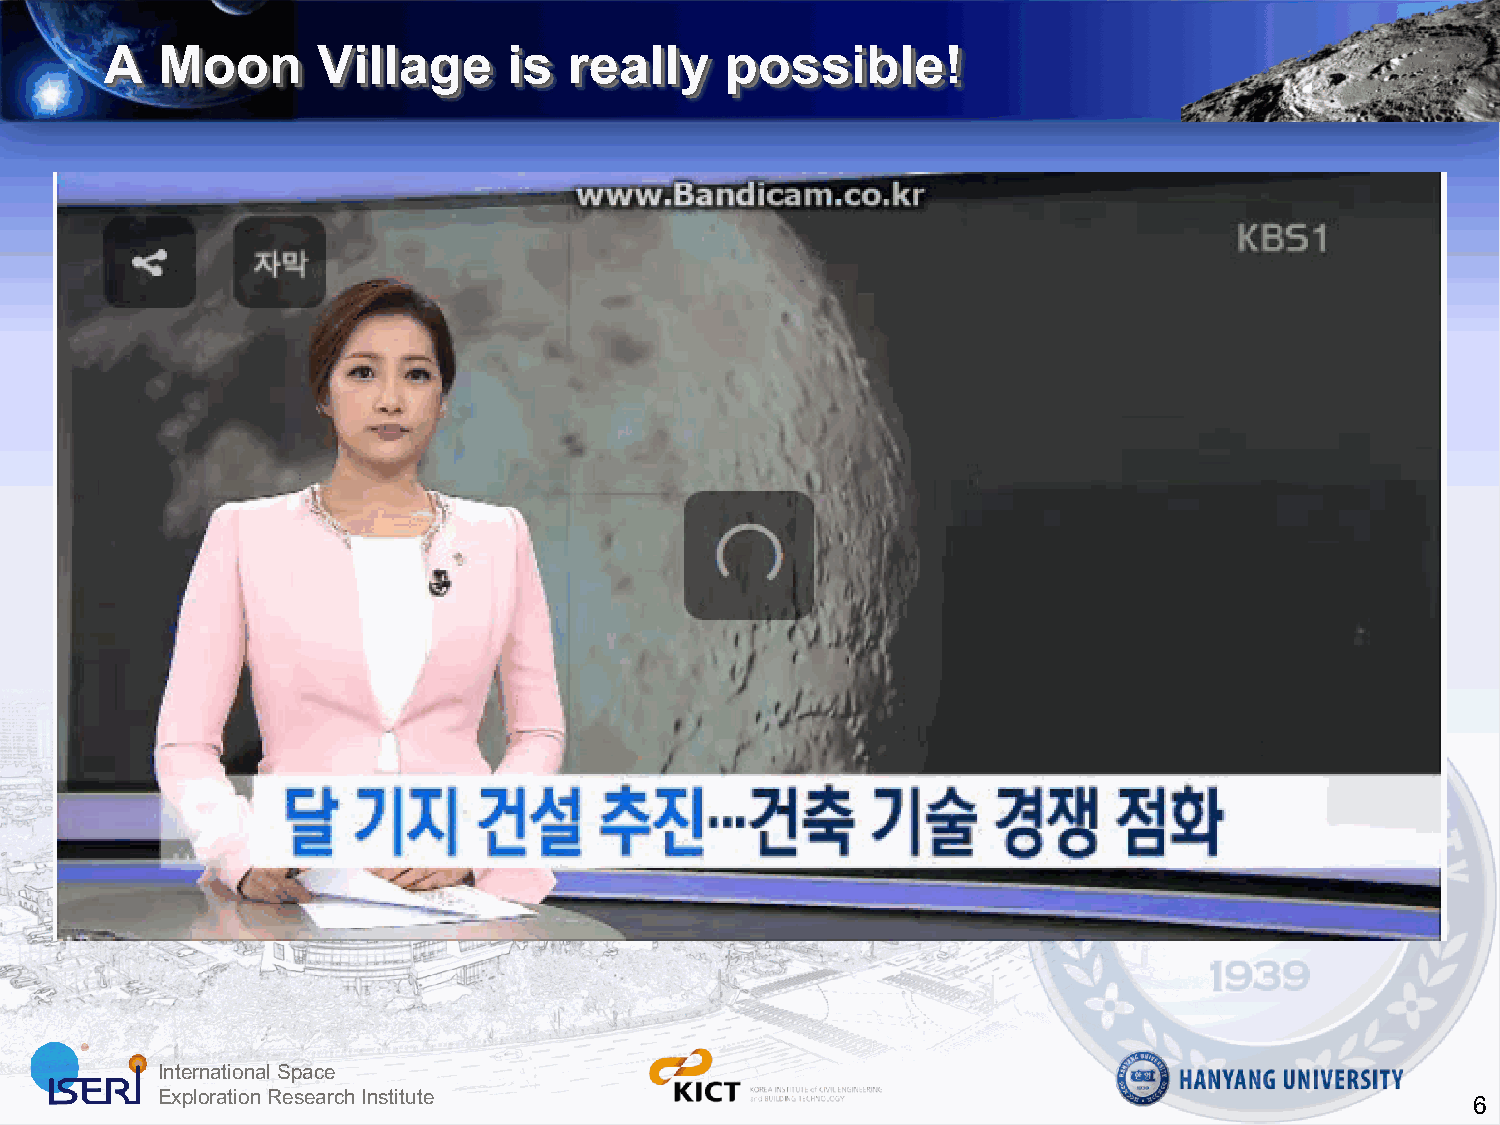
A  Moon       Village      is  really    possible!
 International Space
 Exploration Research Institute
 6